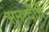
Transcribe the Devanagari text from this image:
समृध्‍दीचे